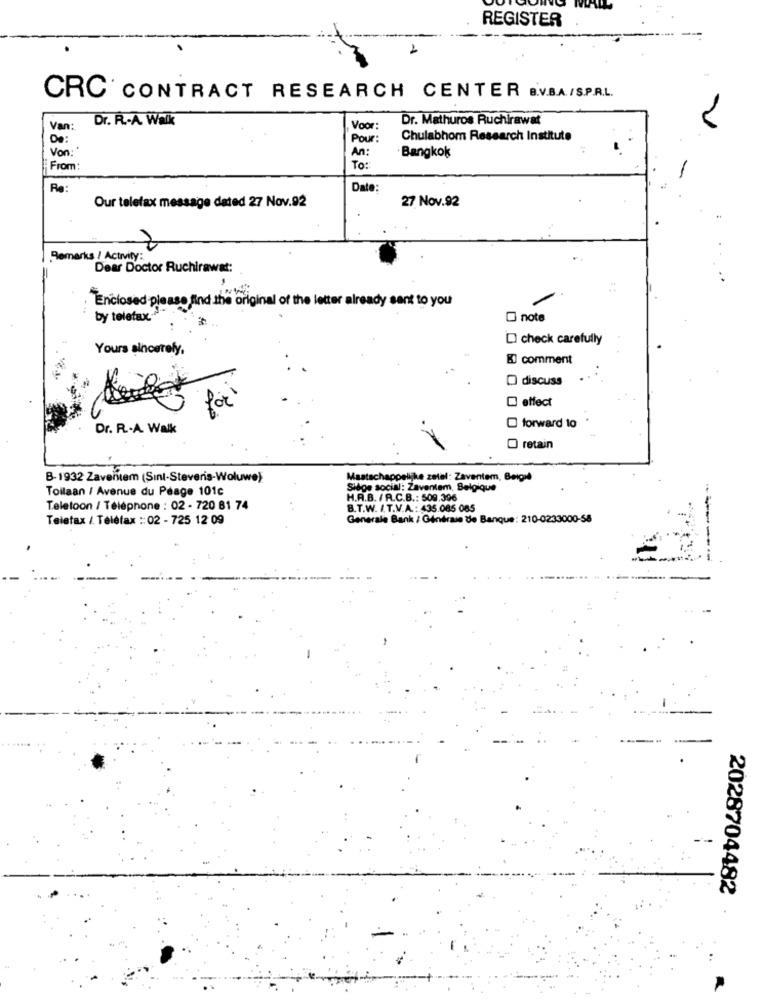
REGISTER
CRC CONTRACT RESEARCH CENTER B.V.B.A./S.P.R.L.
Dr. R .- A. Walk
Dr. Mathuros Ruchirawat
Van:
Voor:
De:
Pour:
Chulabhom Research Institute
Von:
An:
Bangkok
From:
To:
Re:
Date:
27 Nov.92
Our telefax message dated 27 Nov.92
Remarks / Activity:
Dear Doctor Ruchirawat:
Enclosed-please find the original of the letter already sent to you
by telefax ..
O note
DI check carefully
Yours sincerely,
& comment
O discuss
for
effect
to
O forward to
Dr. R .- A. Walk
O retain
B-1932 Zaventem (Sınl-Steveris-Woluwe)
Maatschappelijke zetel: Zaventem, Beigid
Toilaan / Avenue du Péage 101c
Siège social: Zaventem, Belgique
H.A.B. / R.C.B .: 509.396
Teletoon / Téléphone : 02 - 720 81 74
B.T.W. I.T.V.A .: 435.085 085
Telefax / Telefax :: 02 - 725 12 09
Generale Bank / Générale de Banque: 210-0233000-58
2028704482